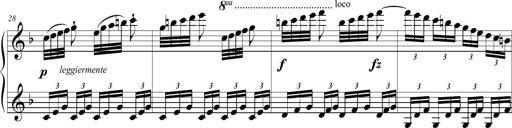
Title: 2 Sonatines faciles et brillantes pour le piano-forte seul
Composer: Carl Czerny